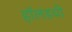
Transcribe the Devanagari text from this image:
हॉलंडची